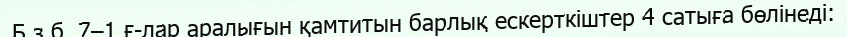
Б.з.б. 7–1 ғ-лар аралығын қамтитын барлық ескерткіштер 4 сатыға бөлінеді: